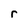
Character: r